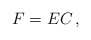
\begin{align*}F=EC\,,\end{align*}